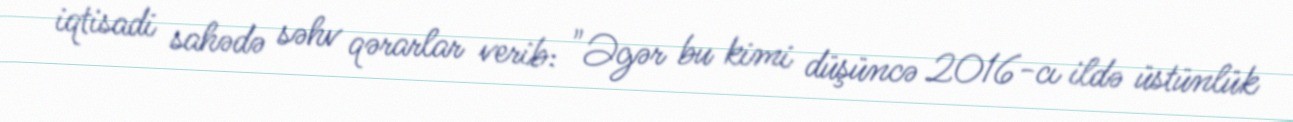
iqtisadi sahədə səhv qərarlar verib: "Əgər bu kimi düşüncə 2016-cı ildə üstünlük